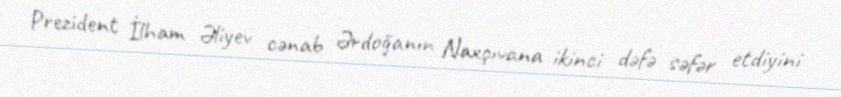
Prezident İlham Əliyev cənab Ərdoğanın Naxçıvana ikinci dəfə səfər etdiyini